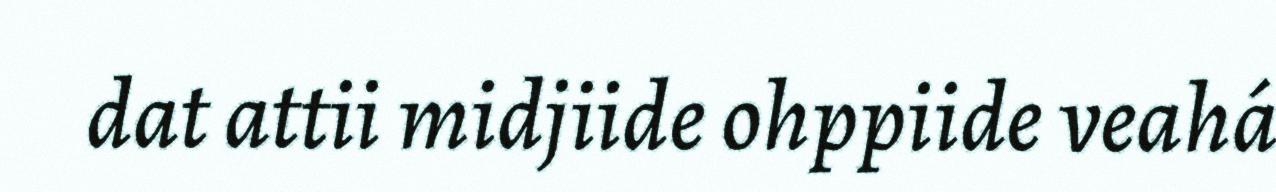
dat attii midjiide ohppiide veahá